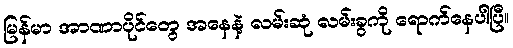
မြန်မာ အာဏာပိုင်တွေ အနေနဲ့ လမ်းဆုံ လမ်းခွကို ရောက်နေပါပြီ။